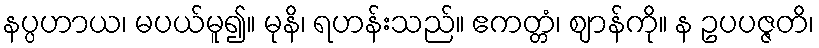
နပ္ပဟာယ၊ မပယ်မူ၍။ မုနိ၊ ရဟန်းသည်။ ဧကတ္တံ၊ ဈာန်ကို။ န ဥပပဇ္ဇတိ၊